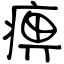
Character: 痹